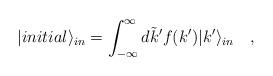
LaTeX: \begin{align*}|initial\rangle _{in}=\int _{-\infty }^{\infty }d\tilde{k}^{\prime }f(k^{\prime })|k^{\prime }\rangle _{in}\quad ,\end{align*}